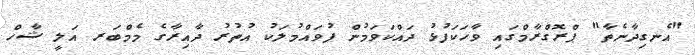
"އެނގިދާނެތާ" ޕްރޮގްރާމްގައި ވާހަކަފުޅު ދައްކަވަމުން ފުވައްމުލަކު އުތުރު ދާއިރާގެ މެމްބަރ އަލީ ޝާހް